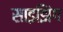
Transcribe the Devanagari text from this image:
साइझिंग